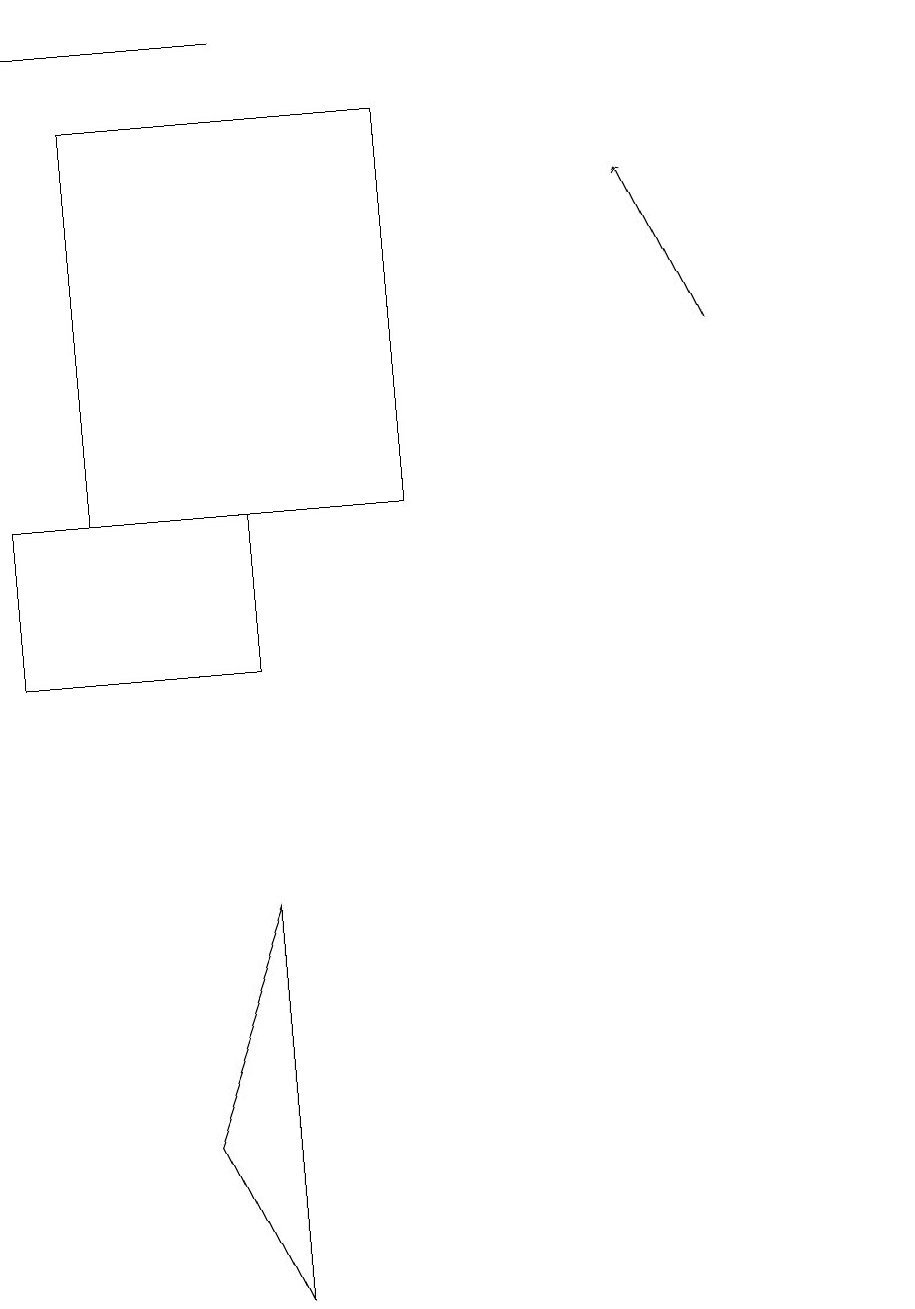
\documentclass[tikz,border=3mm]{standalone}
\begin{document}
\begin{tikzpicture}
\draw (11,11) circle (0);
\draw (5,17) rectangle (1,12);
\draw (3,12) rectangle (0,10);
\draw (3,18) rectangle (0,18);
\draw[->] (9,14) -- (8,16);
\draw (3,7) -- (3,2) -- (2,4) -- cycle;
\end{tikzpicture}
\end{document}